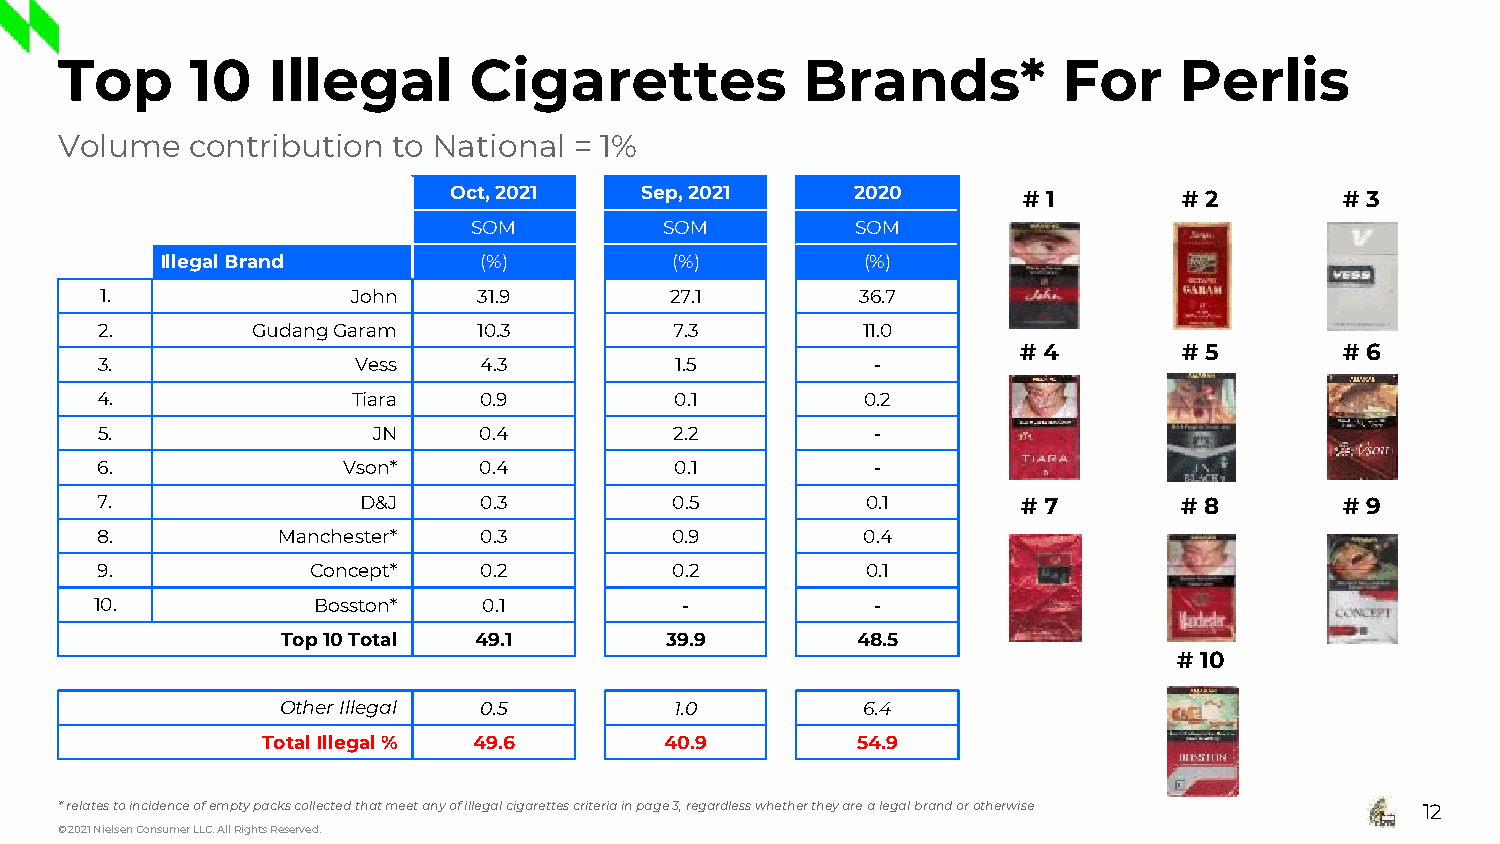
Top      10   Illegal      Cigarettes            Brands*          For     Perlis
 Volume   contribution to National = 1%
 Oct, 2021   Sep, 2021      2020       # 1       # 2        # 3
 SOM          SOM          SOM
 Illegal Brand        (%)         (%)          (%)
 1.              John     31.9        27.1         36.7
 2.         GudangGaram    10.3         7.3         11.0
 # 4       # 5        # 6
 3.               Vess     4.3          1.5          -
 4.               Tiara    0.9          0.1         0.2
 5.                 JN     0.4          2.2          -
 6.               Vson*    0.4          0.1          -
 7.                D&J     0.3          0.5         0.1        # 7       # 8        # 9
 8.          Manchester*   0.3         0.9          0.4
 9.             Concept*   0.2         0.2          0.1
 10.            Bosston*   0.1          -            -
 Top 10Total 49.1         39.9         48.5
 # 10
 Other Illegal 0.5         1.0         6.4
 Total Illegal% 49.6        40.9         54.9
 * relates to incidence of empty packs collected that meet any of illegal cigarettes criteria in page 3, regardless whether they are a legal brand or otherwise 12
 © 2021 Nielsen Consumer LLC. All Rights Reserved.